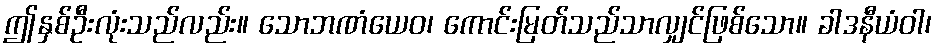
ဤနှစ်ဦးလုံးသည်လည်း။ သောဘဏံယေဝ၊ ကောင်းမြတ်သည်သာလျှင်ဖြစ်သော။ ခါဒနီယံဝါ၊